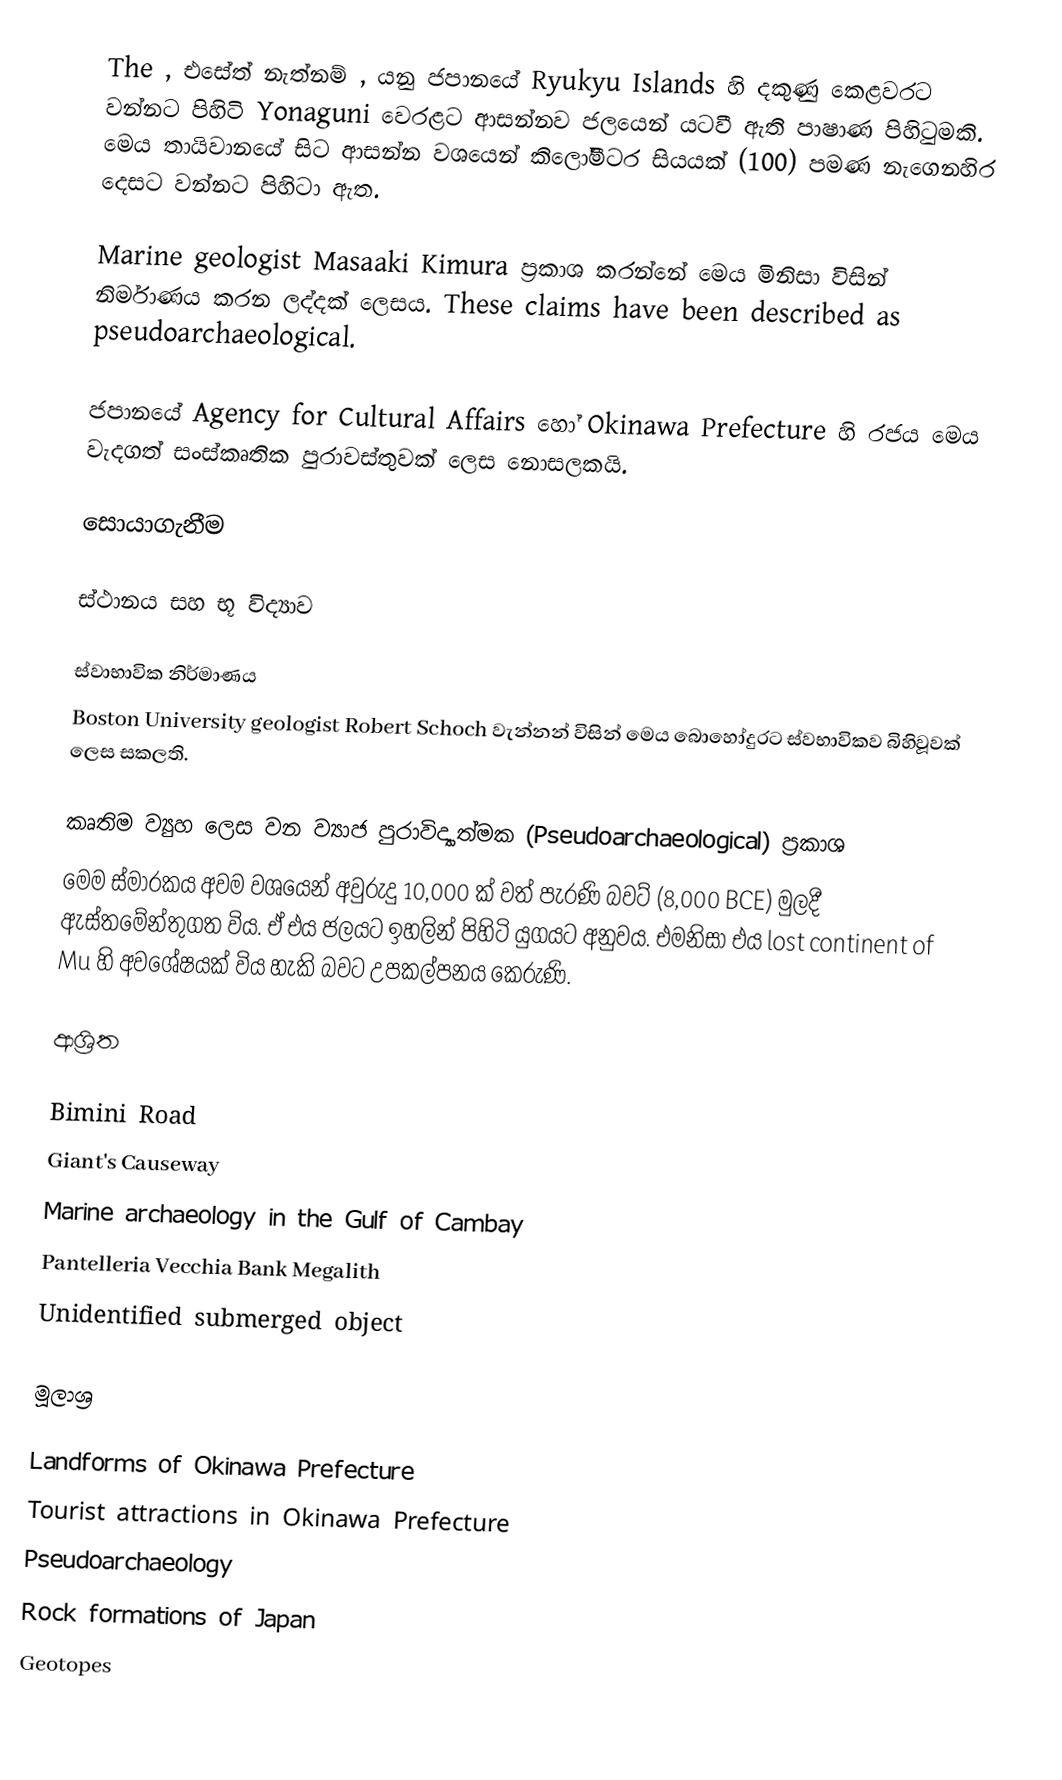
The , එසේත් නැත්නම් , යනු ජපානයේ Ryukyu Islands හි දකුණු කෙළවරට වන්නට පිහිටි Yonaguni වෙරළට ආසන්නව ජලයෙන් යටවී ඇති පාෂාණ පිහිටුමකි. මෙය තායිවානයේ සිට ආසන්න වශයෙන් කිලෝමීටර සියයක් (100) පමණ නැගෙනහිර දෙසට වන්නට පිහිටා ඇත.

Marine geologist Masaaki Kimura ප්‍රකාශ කරන්නේ මෙය මිනිසා විසින් නිර්මාණය කරන ලද්දක් ලෙසය. These claims have been described as pseudoarchaeological.

ජපානයේ Agency for Cultural Affairs හෝ Okinawa Prefecture හි රජය මෙය වැදගත් සංස්කෘතික පුරාවස්තුවක් ලෙස නොසලකයි.

සොයාගැනීම

ස්ථානය සහ භූ විද්‍යාව

ස්වාභාවික නිර්මාණය
Boston University geologist Robert Schoch වැන්නන් විසින් මෙය බොහෝදුරට ස්වභාවිකව බිහිවූවක් ලෙස සකලති.

කෘතිම ව්‍යුහ ලෙස වන ව්‍යාජ පුරාවිද්‍යාත්මක (Pseudoarchaeological) ප්‍රකාශ
මෙම ස්මාරකය අවම වශයෙන් අවුරුදු 10,000 ක් වත් පැරණි බවට් (8,000 BCE) මුලදී ඇස්තමේන්තුගත විය. ඒ එය ජලයට ඉහලින් පිහිටි යුගයට අනුවය. එමනිසා එය lost continent of Mu හි අවශේෂයක් විය හැකි බවට උපකල්පනය කෙරුණි.

ආශ්‍රිත

 Bimini Road
 Giant's Causeway
 Marine archaeology in the Gulf of Cambay
 Pantelleria Vecchia Bank Megalith
 Unidentified submerged object

මූලාශ්‍ර

Landforms of Okinawa Prefecture
Tourist attractions in Okinawa Prefecture
Pseudoarchaeology
Rock formations of Japan
Geotopes